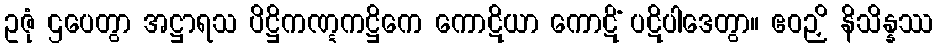
ဥဇုံ ဌပေတွာ အဋ္ဌာရသ ပိဋ္ဌိကဏ္ဋကဋ္ဌိကေ ကောဋိယာ ကောဋိံ ပဋိပါဒေတွာ။ ဧဝဉှိ နိသိန္နဿ